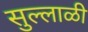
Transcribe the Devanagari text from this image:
सुल्लाळी